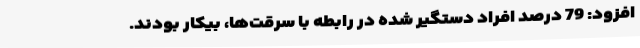
افزود: 79 درصد افراد دستگیر شده در رابطه با سرقت‌ها، بیکار بودند.